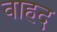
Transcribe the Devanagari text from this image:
वाहद